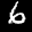
Label: 6